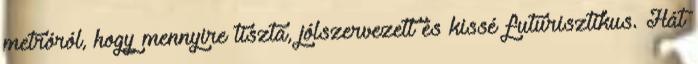
metróról, hogy mennyire tiszta, jólszervezett és kissé futurisztikus. Hát